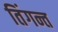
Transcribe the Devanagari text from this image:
तिंगन्त